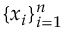
\{ x _ { i } \} _ { i = 1 } ^ { n }